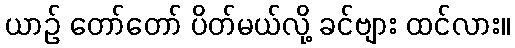
ယာဉ် တော်တော် ပိတ်မယ်လို့ ခင်ဗျား ထင်လား။